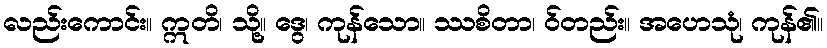
လည်းကောင်း။ ဣတိ၊ သို့။ ဒွေ၊ ကုန်သော။ ဿစိတာ၊ ဝ်တည်း။ အဟေသုံ၊ ကုန်၏။